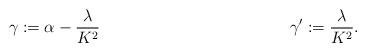
LaTeX: \begin{align*}\gamma & := \alpha - \frac{\lambda}{K^2} & & &\gamma' & : = \frac{\lambda}{K^2}.\end{align*}